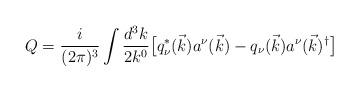
LaTeX: \begin{align*}Q=\frac{i}{(2 \pi)^3} \int \frac{d^3 k}{2 k^0} \bigl[ q_\nu^* (\vec{k}) a^\nu (\vec{k}) -q_\nu (\vec{k}) a^\nu (\vec{k})^\dagger \bigr]\end{align*}